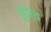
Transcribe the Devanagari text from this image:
रूढ़ार्थ